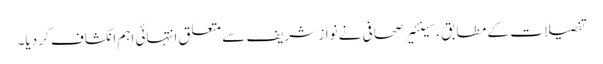
تفصیلات کے مطابق ،سینئیر صحافی نے نواز شریف سے متعلق انتہائی اہم انکشاف کر دیا۔